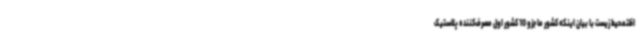
اظتمحیط‌ زیست با بیان اینکه کشور ما جزو 10 کشور اول مصرف‌کننده پلاستیک